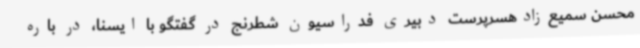
محسن سمیع‌زادهسرپرست دبیری فدراسیون شطرنج در گفتگو با ایسنا، در باره